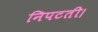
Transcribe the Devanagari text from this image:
निपटती।